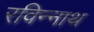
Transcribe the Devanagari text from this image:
रविन्नाथ